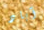
آباد